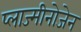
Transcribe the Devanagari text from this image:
प्लाज्मीनोजेन